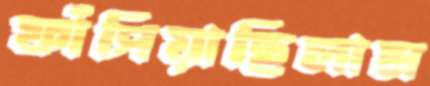
ফাঁপিয়াছিলাম